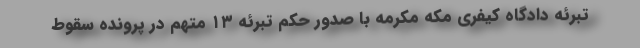
تبرئه دادگاه کیفری مکه مکرمه با صدور حکم تبرئه ۱۳ متهم در پرونده سقوط